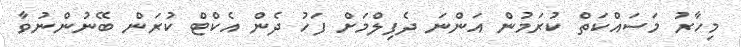
މިހާރު މަސައްކަތް ކުރަމުން އަންނަ ދެފިލްމަށް ފަހު ދެން އެކްޓް ކުރަން ބޭނުންނުވާ